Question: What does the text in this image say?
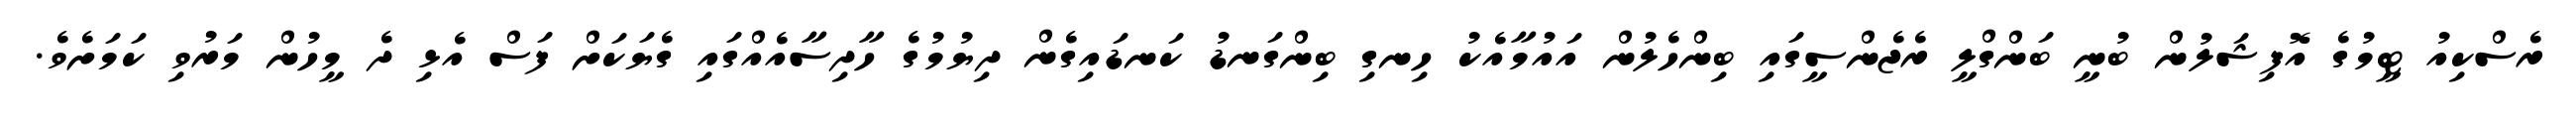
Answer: ރެސްކިއު ޓީމުގެ އޮފިޝަލުން ބުނީ ބަންގްލީ ރެޖެންސީގައި ބިންހެލުން އައުމާއެކު ހިނގި ބިންގަނޑު ކަނޑައިގެން ދިޔުމުގެ ހާދިސާއެއްގައި ގެޔަކަށް ފަސް އެޅި ދެ މީހުން މަރުވި ކަމަށެވެ.